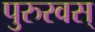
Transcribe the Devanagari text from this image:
पुरुरवस्‌